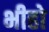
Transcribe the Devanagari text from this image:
भीहो